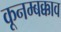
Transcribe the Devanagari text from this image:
कूनम्बक्काव